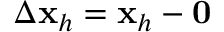
\Delta { \bf x } _ { h } = { \bf x } _ { h } - { \bf 0 }